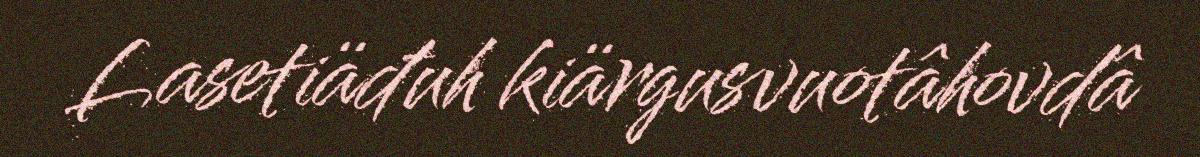
Lasetiäđuh kiärgusvuotâhovdâ